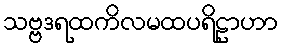
သဗ္ဗဒရထကိလမထပရိဠာဟာ